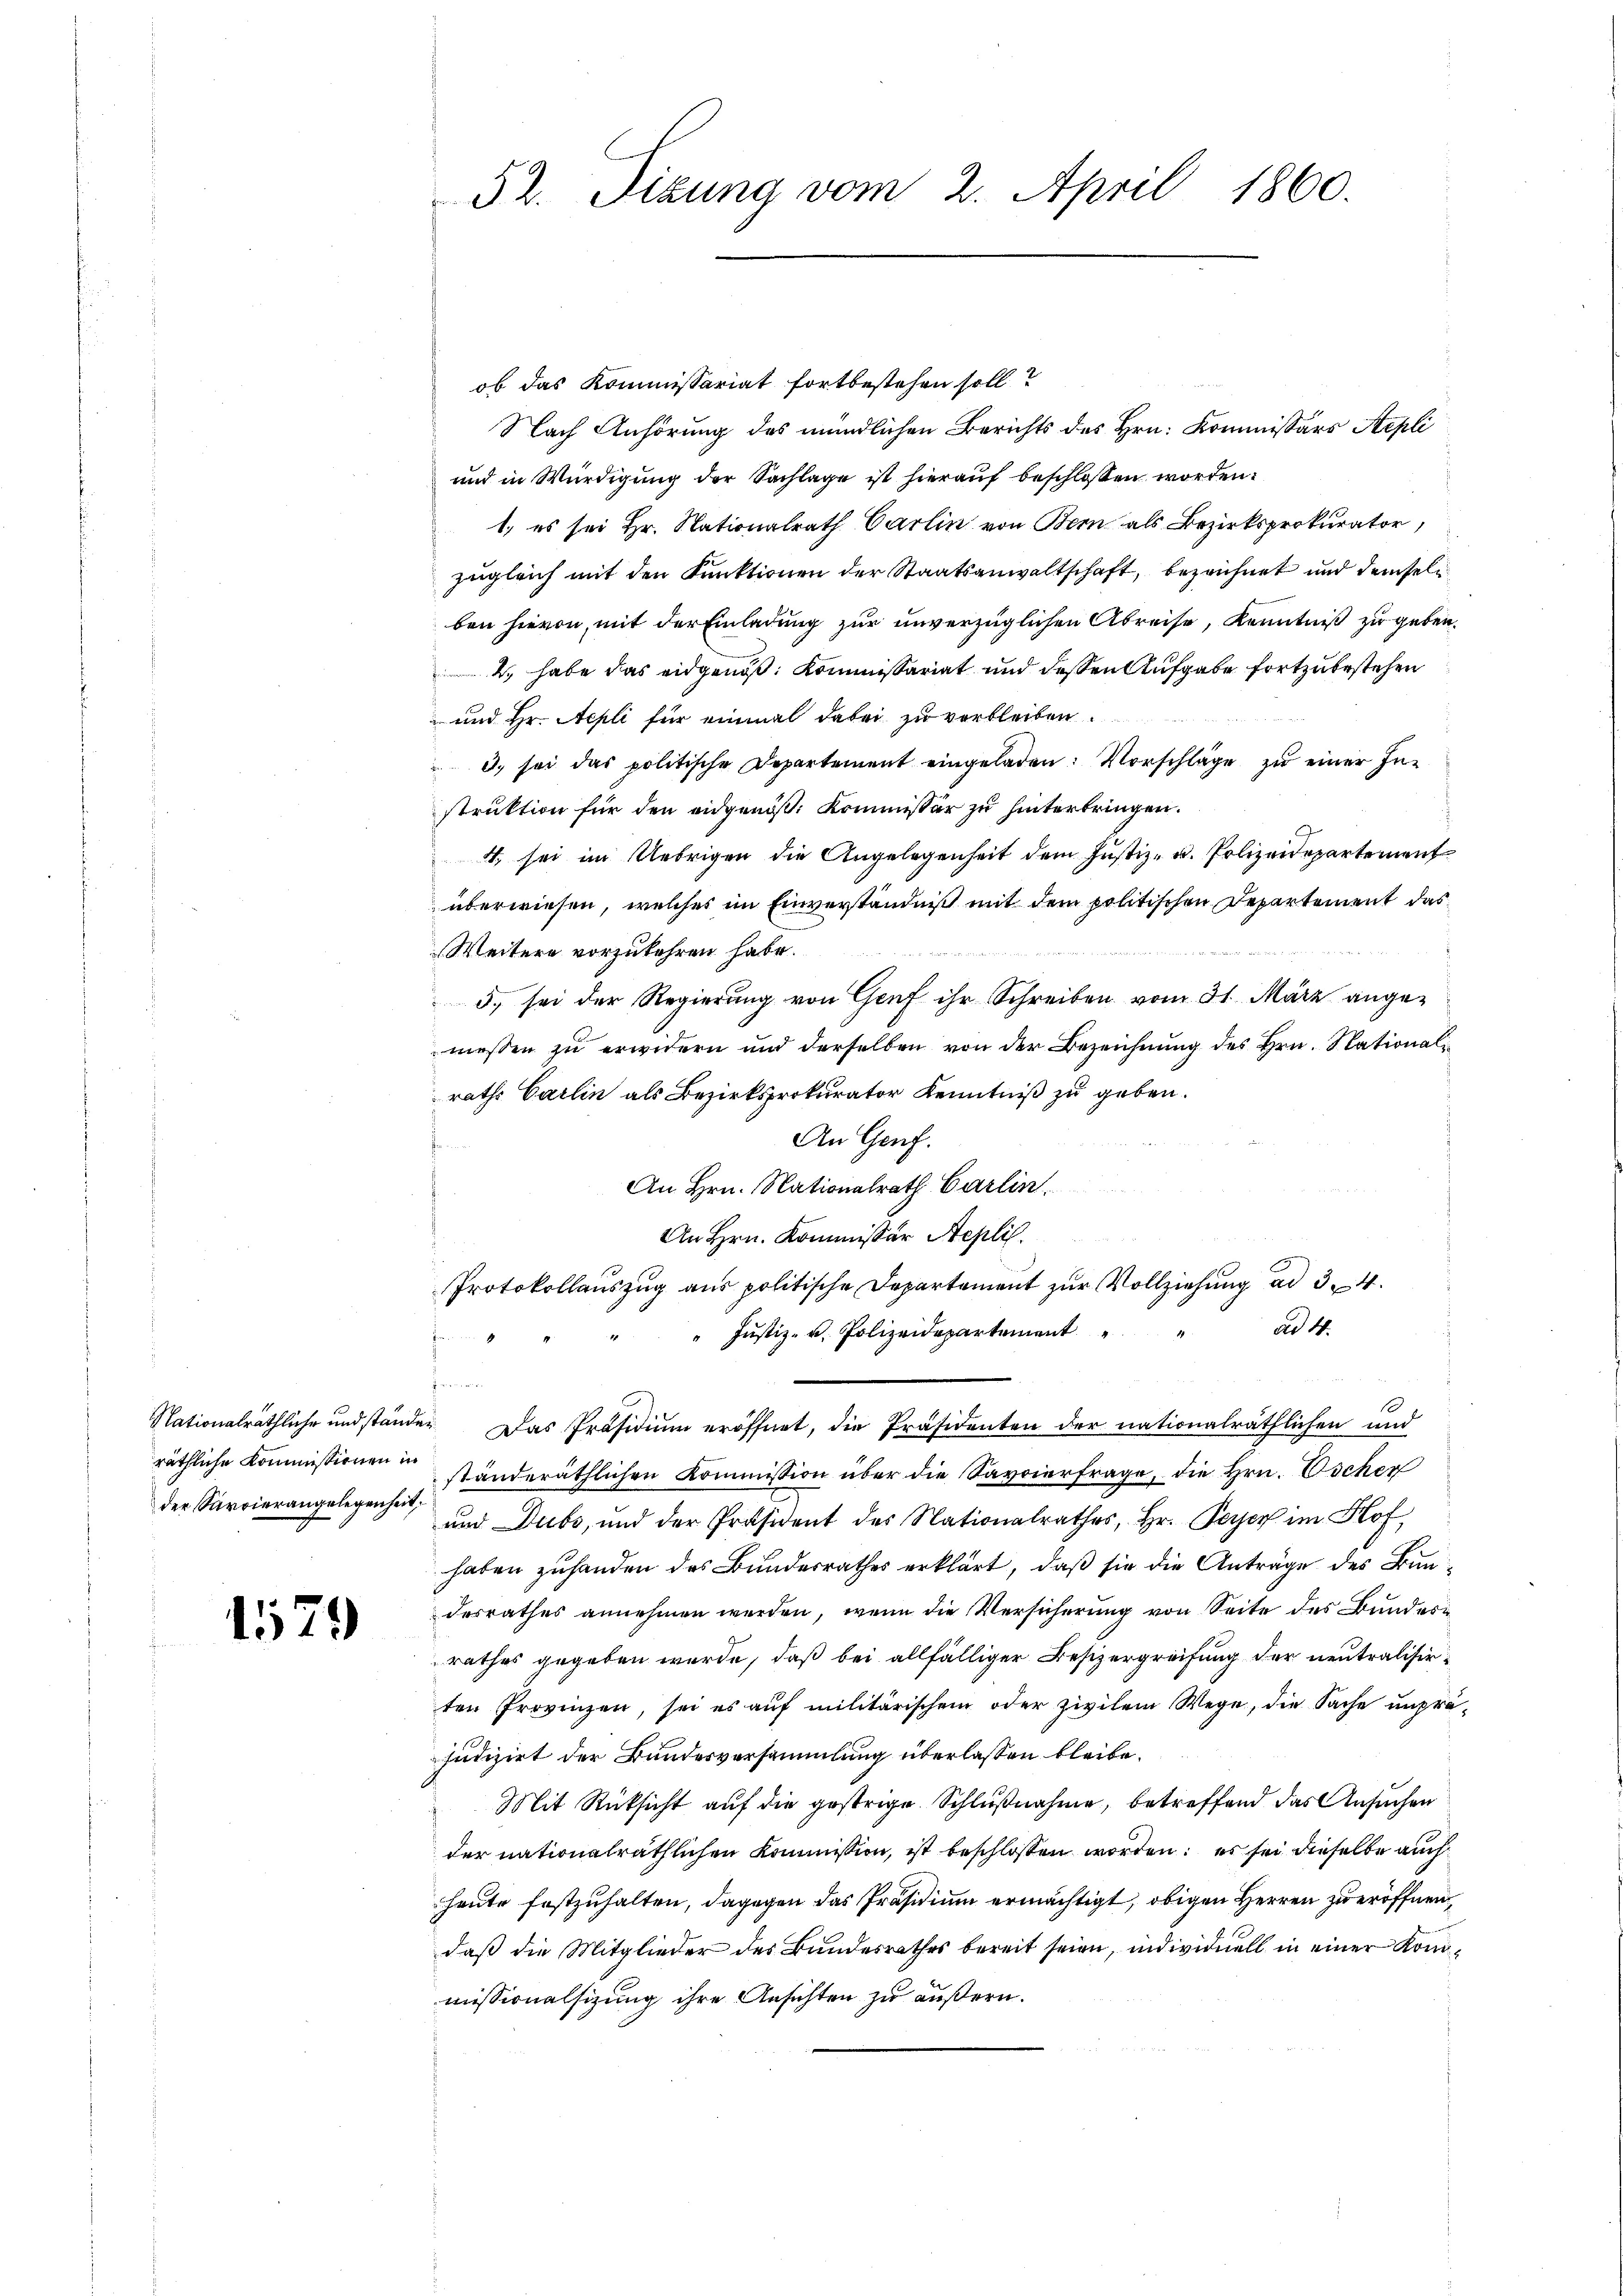
räthliche Kommissionen in
der Sarvierangelegenheit;

1579

52. Sizung vom 2. April 1860.

ob das Kommissariat fortbestehen soll?
Nach Anhörung des mündlichen Berichts des Hrn. Kommissärs Stepli
und in Würdigung der Sachlage ist hierauf beschlossen worden.
1. es sei Hr. Nationalrath Carlin von Bern als Bezirksprokurator,
zugleich mit den Funktionen der Staatsanwaltschaft, bezeichnet und demseln
ben hievon, mit der Einladung zur unverzüglichen Abreise, Kenntniß zu geben.
2., habe das eidgenoß: Kommissariat und dessen Aufgabe fortzubestehen
 und Hr. Nepli für einmal dabei zu verbleiben.
3. sei das politische Departement eingeladen. Vorschläge zu einer Instruktion für den eidgenöß: Kommissär zu hinterbringen.
4. sei im Uebrigen die Angelegenheit dem Justiz- u. Polizeidepartement
überwiesen, welches im Einverständniß mit dem politischen Departement das
Weitere vorzukehren habe.
5. sei der Regierung von Genf ihr Schreiben vom 31. März angemessen zu erwidern und derselben von der Bezeichnung des Hrn. Nationali
raths Carlin als Bezirksprokurator Kenntniß zu geben.
An Genf.
An Hrn. Nationalrath Carlin.
An Hrn. Kommissär Aeplil.
Protokollauszug aus politische Departement zur Vollziehung ad 34
ad 4.
Justiz- u. Polizeidepartement
icht eine
Nationalräthliche und stände. Das Präsidium eröffnet, die Präsidenten der nationalräthlichen und
ständeräthlichen Kommission über die Savoierfrage, die Hrn. Oscher
und Dubs, und der Präsident des Nationalrathes, Hr. Peyer im Hof
haben zuhanden des Bundesrathes erklärt, daß sie die Anträge des Bundesrathes annehmen werden, wenn die Versicherung von Seite des Bundesrathes gegeben wurde, daß bei allfälliger Besizergreifung der neutralisirten Provinzen, sei es auf militärischem oder zivilem Wege, die Sache unpräjudizirt der Bundesversammlung überlassen bleibe.
Mit Rücksicht auf die gestrige Schlußnahme, betreffend das Ansuchen
der nationalräthlichen Kommission, ist beschlossen worden: es sei dieselbe auch
heute festzuhalten, dagegen das Präsidium ermächtigt, obigen Herren zu eröffnen,
daß die Mitglieder des Bundesrathes bereit seien, individuell in einer Kommissionalsizung ihre Ansichten zu äußern.